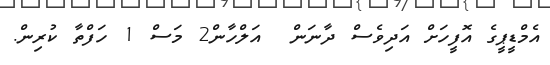
އެމްޑީޕީގެ އޮފީހަށް އަދިވެސް ދާނަން  އަލްހާން2 މަސް 1 ހަފްތާ ކުރިން.